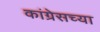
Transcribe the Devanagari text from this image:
कांग्रेसच्या